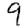
Digit: 9